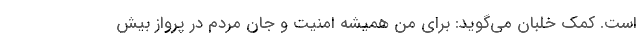
است. کمک خلبان می‌گوید: برای من همیشه امنیت و جان مردم در پرواز بیش